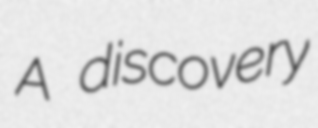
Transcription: A discovery